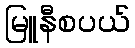
မြူနီစပယ်